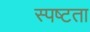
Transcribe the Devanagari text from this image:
स्‍पष्‍टता